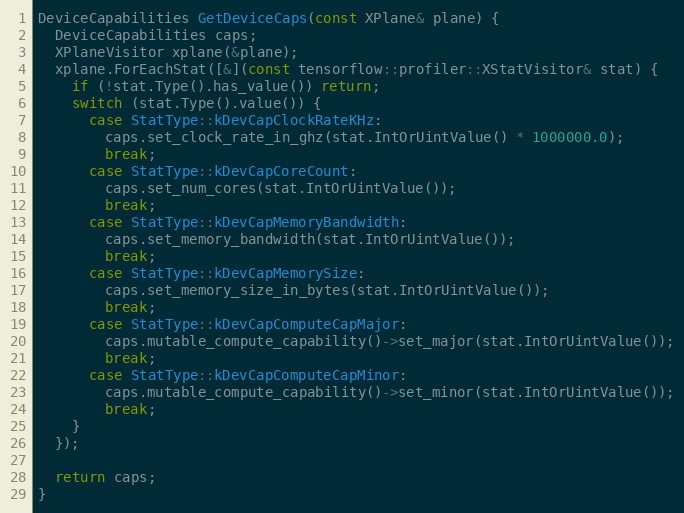
Language: C++
DeviceCapabilities GetDeviceCaps(const XPlane& plane) {
  DeviceCapabilities caps;
  XPlaneVisitor xplane(&plane);
  xplane.ForEachStat([&](const tensorflow::profiler::XStatVisitor& stat) {
    if (!stat.Type().has_value()) return;
    switch (stat.Type().value()) {
      case StatType::kDevCapClockRateKHz:
        caps.set_clock_rate_in_ghz(stat.IntOrUintValue() * 1000000.0);
        break;
      case StatType::kDevCapCoreCount:
        caps.set_num_cores(stat.IntOrUintValue());
        break;
      case StatType::kDevCapMemoryBandwidth:
        caps.set_memory_bandwidth(stat.IntOrUintValue());
        break;
      case StatType::kDevCapMemorySize:
        caps.set_memory_size_in_bytes(stat.IntOrUintValue());
        break;
      case StatType::kDevCapComputeCapMajor:
        caps.mutable_compute_capability()->set_major(stat.IntOrUintValue());
        break;
      case StatType::kDevCapComputeCapMinor:
        caps.mutable_compute_capability()->set_minor(stat.IntOrUintValue());
        break;
    }
  });

  return caps;
}